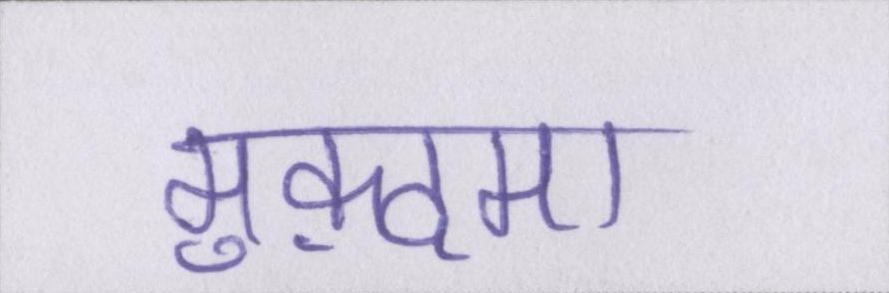
मुक़दमा